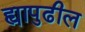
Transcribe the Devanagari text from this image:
ह्यापुढील